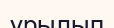
ұрылып